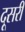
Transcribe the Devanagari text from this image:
दूसरी